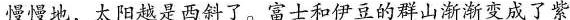
慢慢地，太阳越是西斜了。富士和伊豆的群山渐渐变成了紫